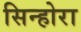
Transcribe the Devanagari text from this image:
सिन्होरा